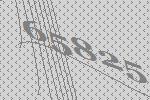
65825